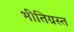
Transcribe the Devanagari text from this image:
भीतिग्रस्त